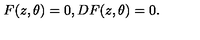
F ( z , \theta ) = 0 , D F ( z , \theta ) = 0 .